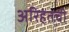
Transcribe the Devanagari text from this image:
अरिहंतची